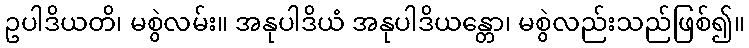
ဥပါဒိယတိ၊ မစွဲလမ်း။ အနုပါဒိယံ အနုပါဒိယန္တော၊ မစွဲလည်းသည်ဖြစ်၍။